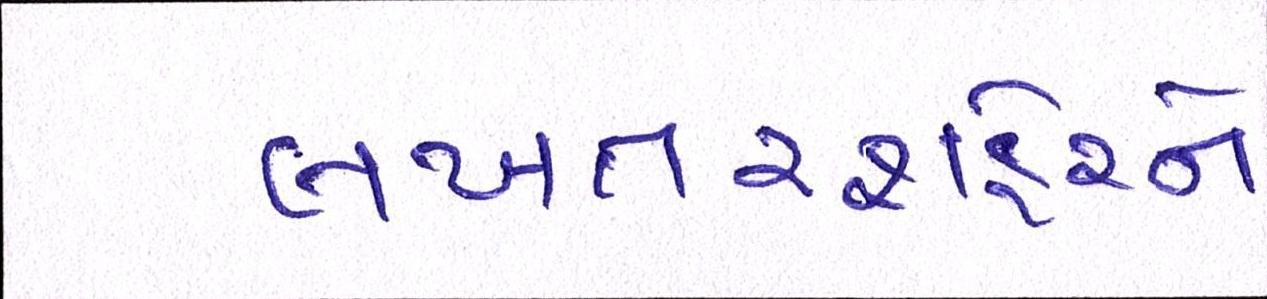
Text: લખતરશહેરને